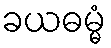
ခယဓမ္မံ